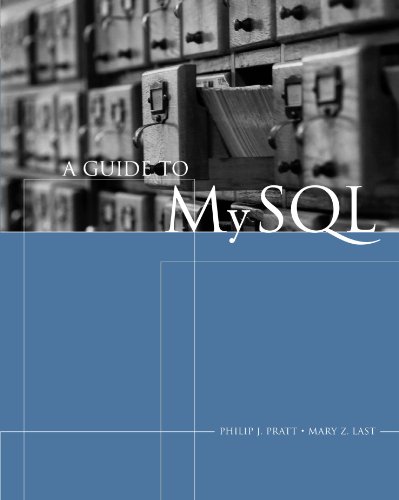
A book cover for A Guide to MySQL (Available Titles Skills Assessment Manager (SAM) - Office 2010); Philip J. Pratt; Computers & Technology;